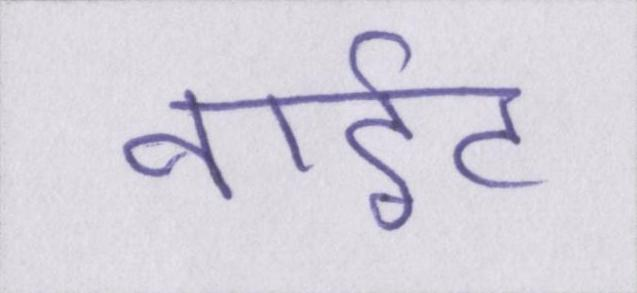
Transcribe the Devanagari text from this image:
नाईट